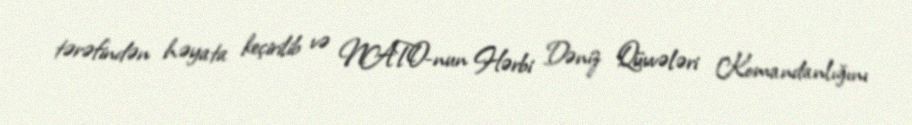
tərəfindən həyata keçirilib və NATO-nun Hərbi Dəniz Qüvvələri Komandanlığını